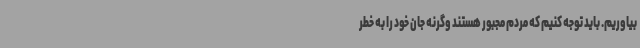
بیاوریم. باید توجه کنیم که مردم مجبور هستند وگرنه جان خود را به خطر